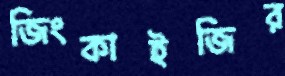
জিংকাইজির